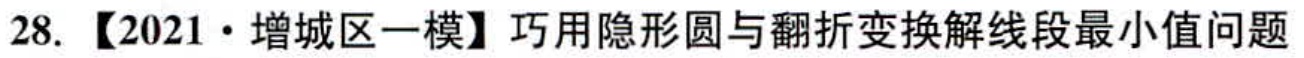
28. 【2021·增城区一模】巧用隐形圆与翻折变换解线段最小值问题